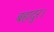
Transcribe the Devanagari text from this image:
बहादुर।